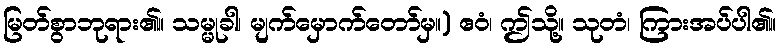
မြတ်စွာဘုရား၏။ သမ္မုခါ၊ မျက်မှောက်တော်မှ။) ဧဝံ၊ ဤသို့။ သုတံ၊ ကြားအပ်ပါ၏။